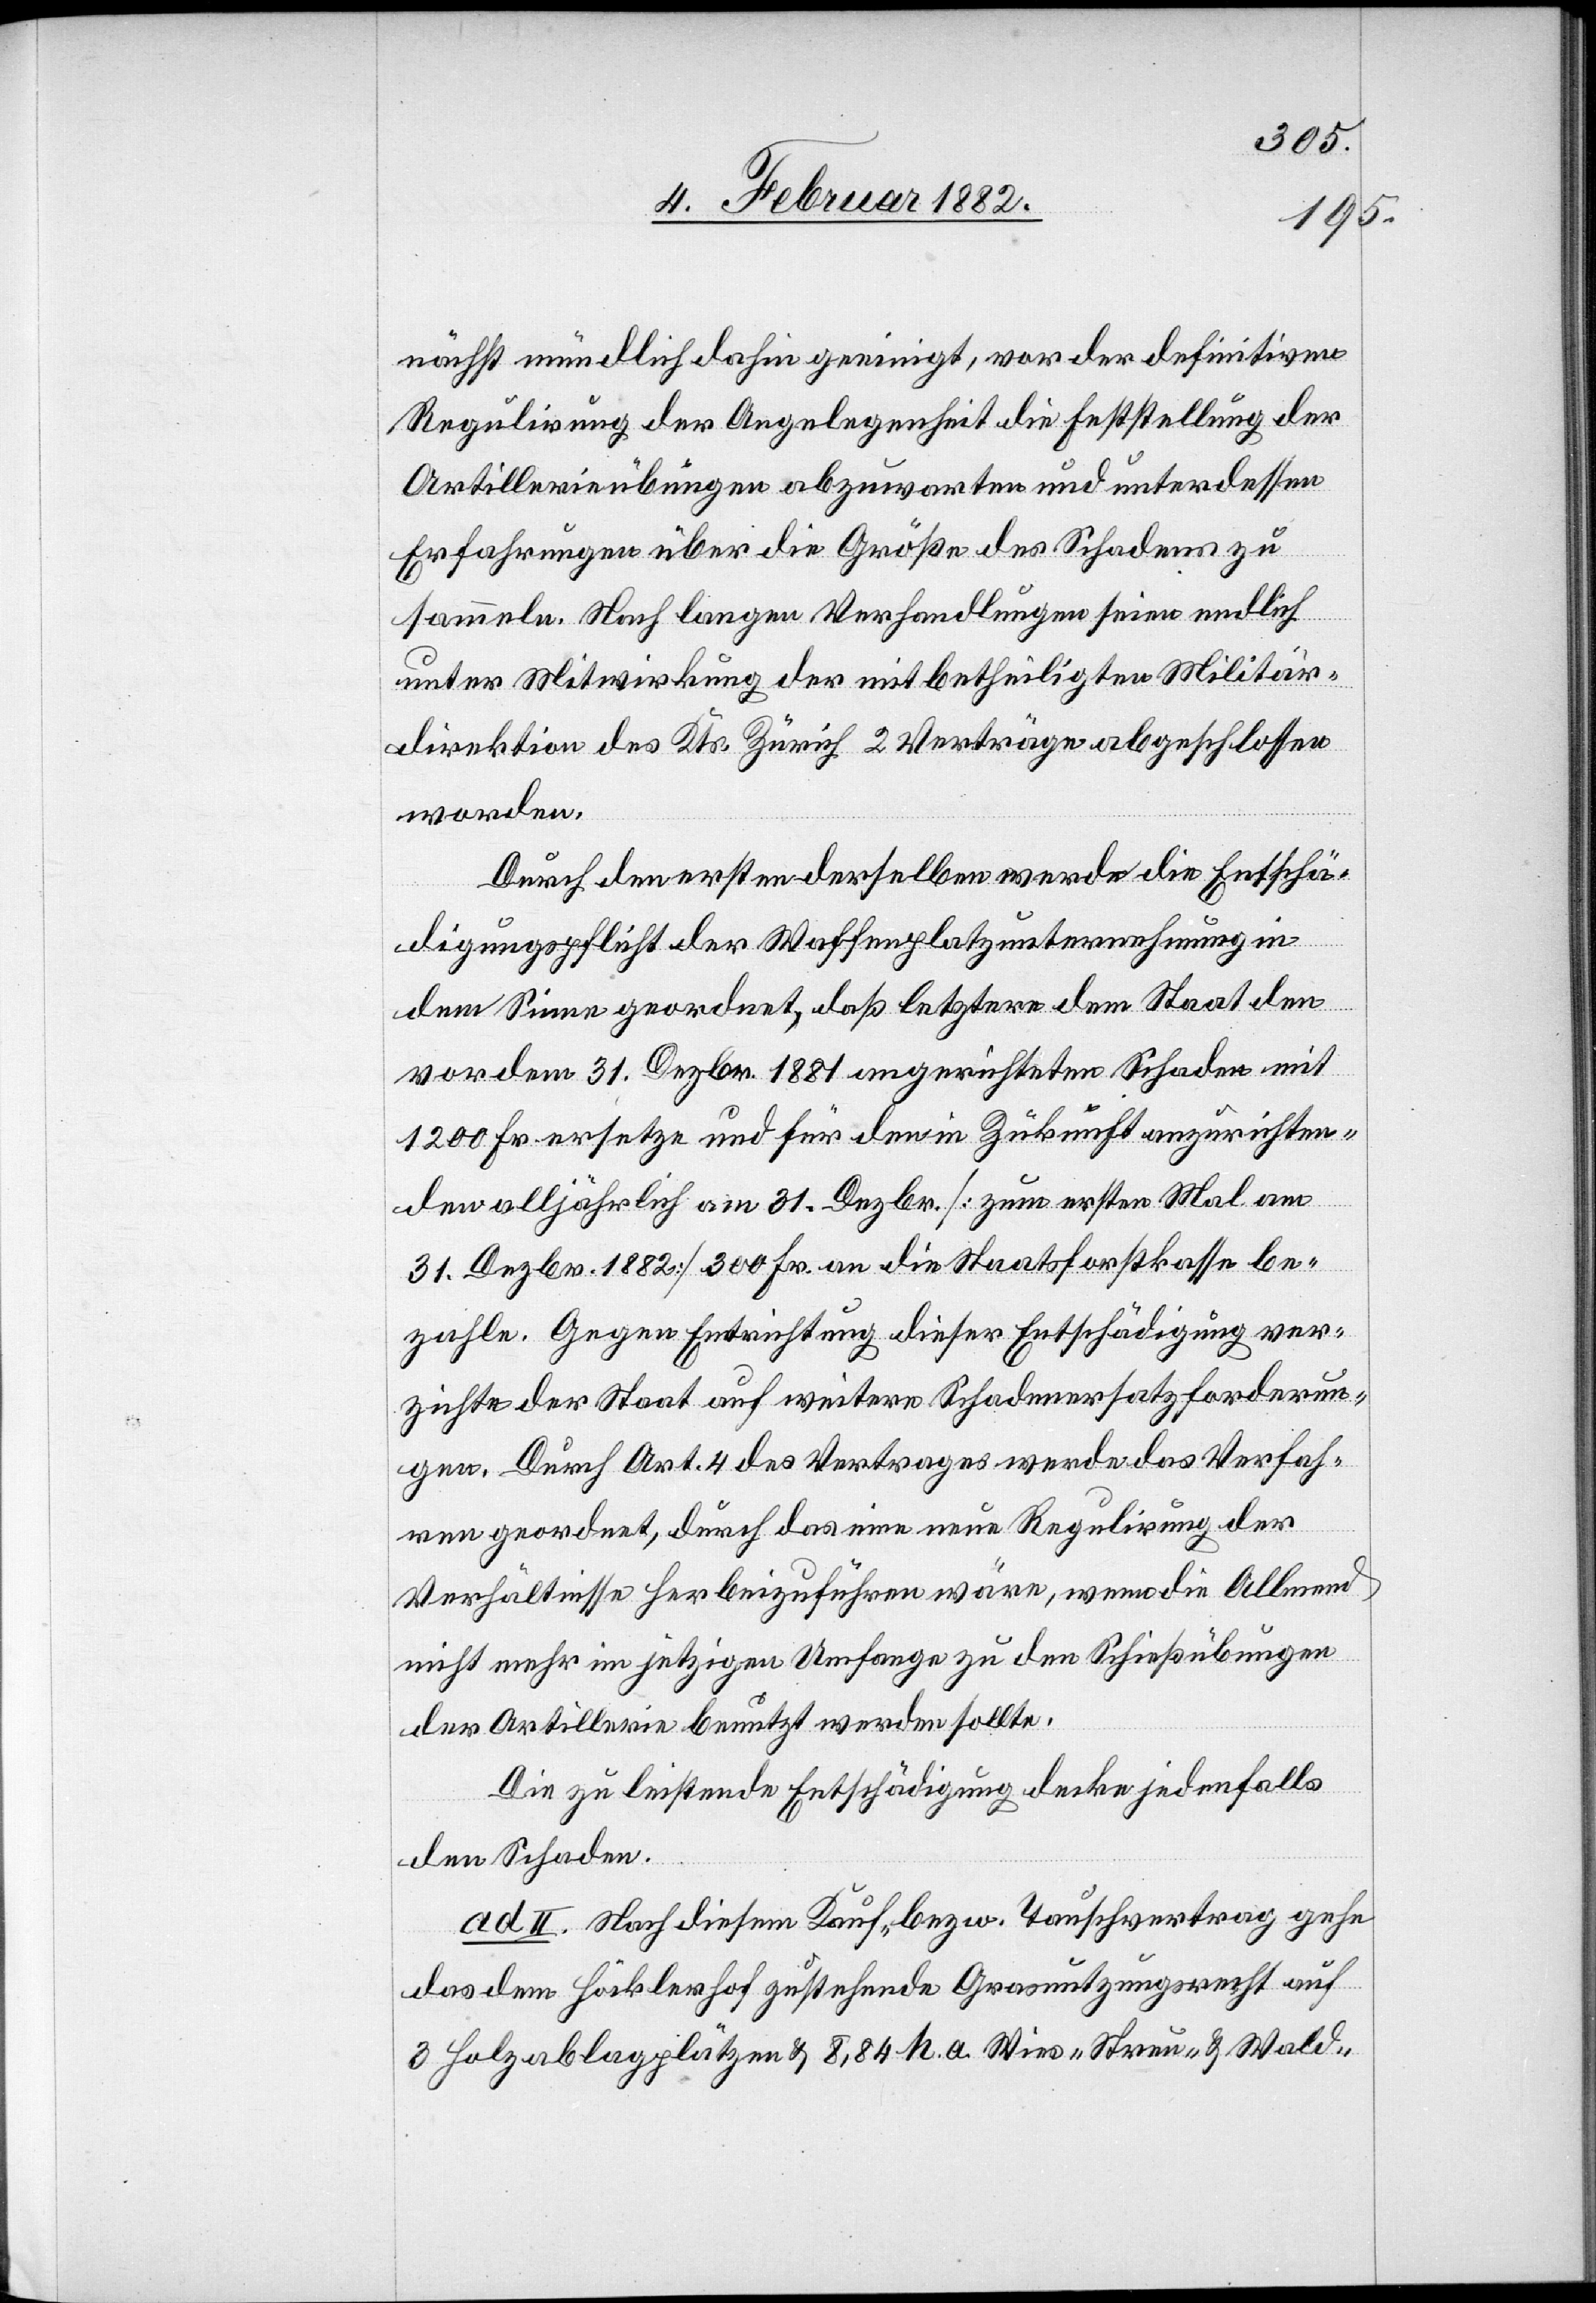
nächst mündlich dahin geeinigt, vor der definitiven
Regulirung der Angelegenheit die Feststellung der
Artillerieübungen abzuwarten und unterdessen
Erfahrungen über die Größe des Schadens zu
sammeln. Nach langen Verhandlungen seien endlich
unter Mitwirkung der mitbetheiligten Militär¬
direktion des Kts. Zürich 2 Verträge abgeschlossen
worden.
Durch den ersten derselben werden die Entschä¬
digungspflicht der Waffenplatzunternehmung in
dem Sinne geordnet, daß letztere dem Staat den
vor dem 31. Dezbr. 1881 angerichteten Schaden mit
1200 Fr. ersetze und für den in Zukunft anzurichten¬
den alljährlich am 31. Dezbr. [zum ersten Mal am
31. Dezbr. 1882] 300 Fr. an die Staatskasse be¬
zahlen. Gegen Entrichtung dieser Entschädigung ver¬
zichte der Staat auf weitere Schadenersatzforderun¬
gen. Durch Art. 4 des Vertrages werde das Verfah¬
ren geordnet, durch das eine neue Regulirung der
Verhältnisse herbeizuführen wäre, wenn die Allmend
nicht mehr im jetzigen Umfange zu den Schießübungen
der Artillerie benutzt werden sollte.
Die zu leistende Entschädigung decke jedenfalls
den Schaden.
II. nach diesem Kauf- bzw. Tauschvertrag gehe
das dem Höcklerhof gutstehende Grasnutzungsrecht auf
3 Holzablageplätze & 8,84 h. a. Wies,- „Streu“- & Wald-